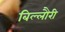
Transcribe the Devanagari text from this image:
बिल्लौरी